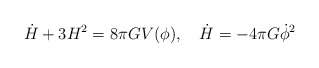
\begin{align*}\dot H + 3 H^2 = 8 \pi G V (\phi), ~~~\dot H = - 4 \pi G \dot \phi ^2\end{align*}